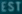
EST